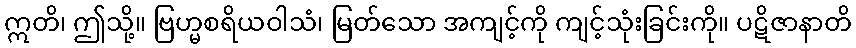
ဣတိ၊ ဤသို့။ ဗြဟ္မစရိယဝါသံ၊ မြတ်သော အကျင့်ကို ကျင့်သုံးခြင်းကို။ ပဋိဇာနာတိ